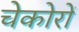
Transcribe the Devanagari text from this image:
चेकोरों